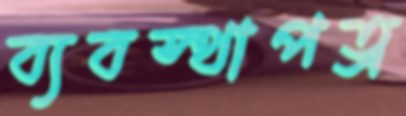
ব্যবস্থাপত্র